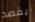
يقصد